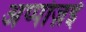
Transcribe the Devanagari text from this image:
अप्पोज़ई